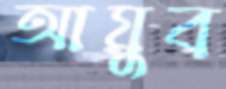
আয়ুব